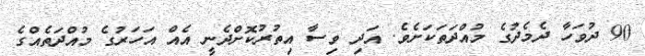
90 ދުވަހާ ދެމެދުގެ މުއްދަތަކަށެވެ. އަދި ވިސާ އިތުރުކޮށްދެނީ އެއް އަހަރުގެ މުއްދަތެއްގެ